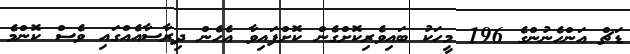
ޑަޗް އަންހެނުންގެ 196 މީހަކު ބައިވެރިކޮށްގެން ކޮށްފައިވާ އެހެން ދިރާސާއެއްގައި ވެސް ކޮންމެ